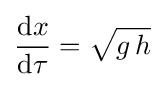
{\frac {\mathrm {d} x}{\mathrm {d} \tau }}={\sqrt {g\,h}}